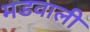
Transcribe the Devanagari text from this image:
मडवाली